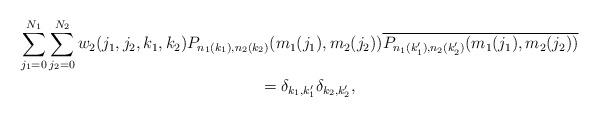
LaTeX: \begin{gather*}\sum_{j_1=0}^{N_1}\sum_{j_2=0}^{N_2} w_2(j_1,j_2,k_1,k_2) P_{n_1(k_1),n_2(k_2)}(m_1(j_1),m_2(j_2))\overline{P_{n_1(k_1'),n_2(k_2')}(m_1(j_1),m_2(j_2))} \\\qquad{} =\delta_{k_1,k_1'}\delta_{k_2,k_2'} ,\end{gather*}